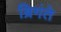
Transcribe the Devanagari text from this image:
ब्रिगंते